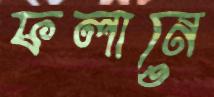
ফলানে